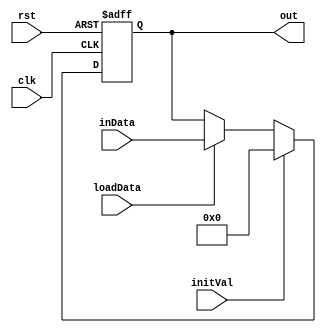
`timescale 1ns/1ns
module Reg7bit(input clk,rst,loadData,initVal, input [6:0] inData, output[6:0] out);
  reg [6:0] outData;
  assign out = outData;
  always@(posedge clk, posedge rst)begin
    if(rst) outData <= 7'b0;
    else
    begin
      if(initVal) outData <= 7'b0;
      else
    begin
    if (loadData) outData <= inData;
    else outData <= outData;
    end
  end
  end
endmodule